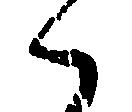
候